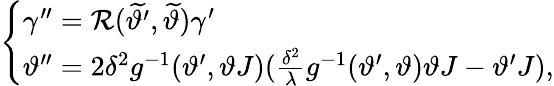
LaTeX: \begin{array}{r}{\left\{ \begin{array}{lll}{\gamma^{\prime\prime}=\mathcal{R}(\widetilde{\vartheta^{\prime}},\widetilde{\vartheta})\gamma^{\prime}}\\ {\vartheta^{\prime\prime}=2\delta^{2}g^{-1}(\vartheta^{\prime},\vartheta J)(\frac{\delta^{2}}{\lambda}g^{-1}(\vartheta^{\prime},\vartheta)\vartheta J-\vartheta^{\prime}J),}\end{array}\right.}\end{array}